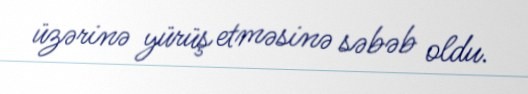
üzərinə yürüş etməsinə səbəb oldu.